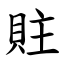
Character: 䝬